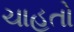
ચાહતો